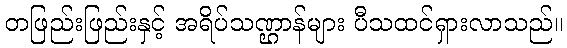
တဖြည်းဖြည်းနှင့် အရိပ်သဏ္ဌာန်များ ပီသထင်ရှားလာသည်။